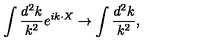
\int { \frac { d ^ { 2 } k } { k ^ { 2 } } } e ^ { i k \cdot X } \rightarrow \int { \frac { d ^ { 2 } k } { k ^ { 2 } } } ,